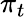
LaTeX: \pi_{t}